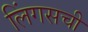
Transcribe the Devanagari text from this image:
लिंगसची